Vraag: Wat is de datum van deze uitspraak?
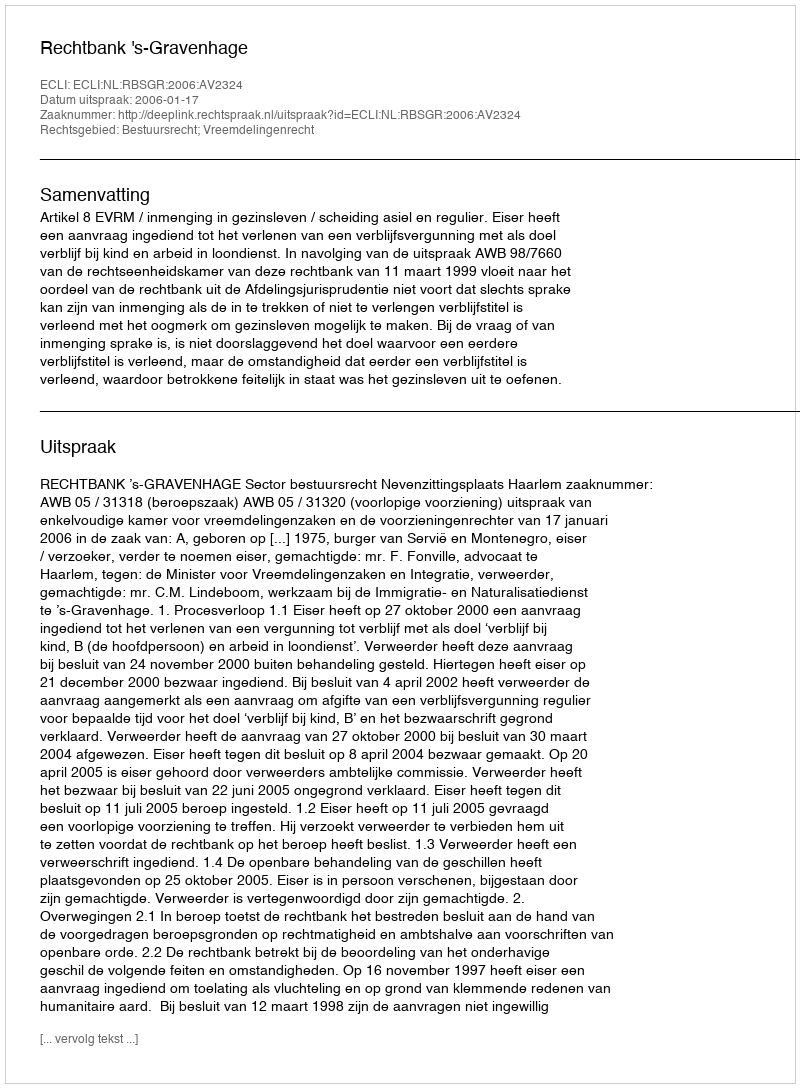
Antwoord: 2006-01-17